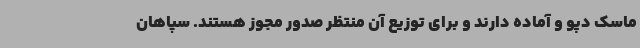
ماسک دپو و آماده دارند و برای توزیع آن منتظر صدور مجوز هستند. سپاهان